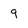
Character: g